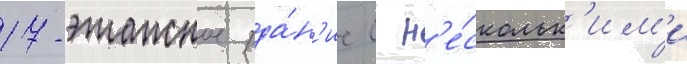
17-этажное зда́н'ие с н'е́скольк'им'и